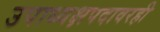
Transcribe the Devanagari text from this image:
उपाध्यक्षपदावरही